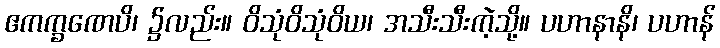
ဧကက္ခဏေပိ၊ ၌လည်း။ ဝိသုံဝိသုံဝိယ၊ အသီးသီးကဲ့သို့။ ပဟာနာနိ၊ ပဟာန်